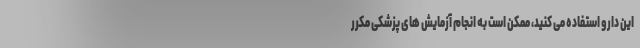
این دارو استفاده می کنید، ممکن است به انجام آزمایش های پزشکی مکرر